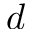
d